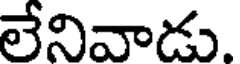
లేనివాడు.